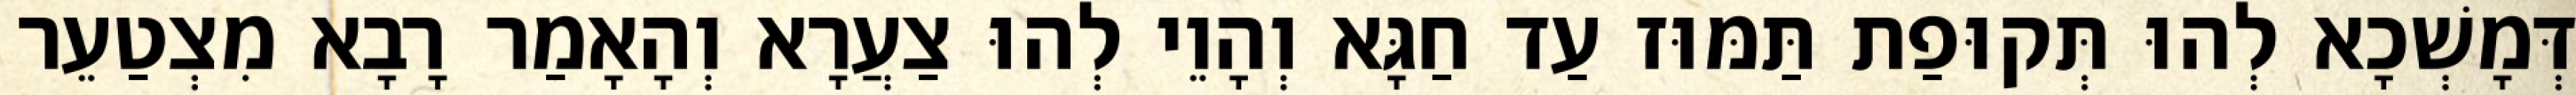
דְּמָשְׁכָא לְהוּ תְּקוּפַת תַּמּוּז עַד חַגָּא וְהָוֵי לְהוּ צַעֲרָא וְהָאָמַר רָבָא מִצְטַעֵר